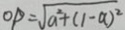
O P = \sqrt { a ^ { 2 } + ( 1 - a ) ^ { 2 } }